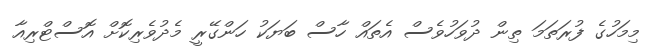
މިމަހުގެ ފުރަތަމަ ތިން ދުވަހުވެސް އެތައް ހާސް ބަޔަކު ހަންގޭރީ މެދުވެރިކޮށް އޮސްޓްރިއާ